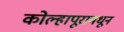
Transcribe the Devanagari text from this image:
कोल्हापूरामधून